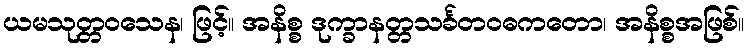
ယမသုတ္တဝသေန၊ ဖြင့်။ အနိစ္စ ဒုက္ခာနတ္တသင်္ခတဝဓကတော၊ အနိစ္စအဖြစ်။